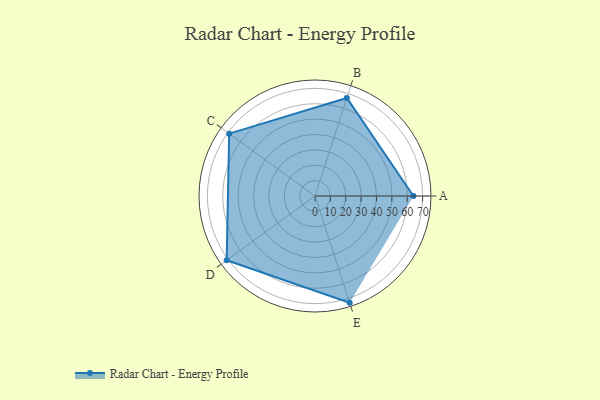
{"axis": {"x": "Skill", "y": "Score"}, "legend": ["Profile"], "data": [{"x": "A", "y": 64.0, "type": "Profile"}, {"x": "B", "y": 67.0, "type": "Profile"}, {"x": "C", "y": 69.0, "type": "Profile"}, {"x": "D", "y": 71.0, "type": "Profile"}, {"x": "E", "y": 73.0, "type": "Profile"}]}